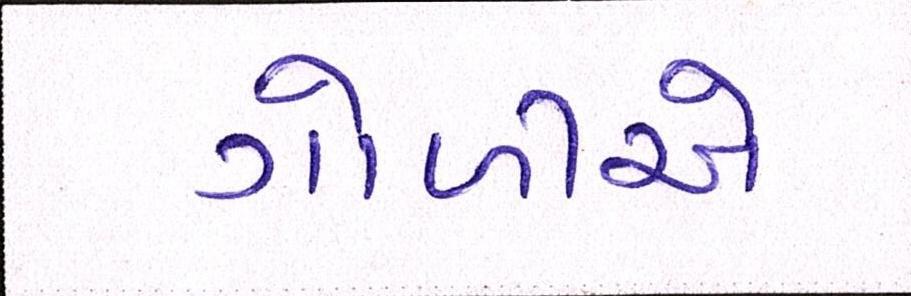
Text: ગોળીએ